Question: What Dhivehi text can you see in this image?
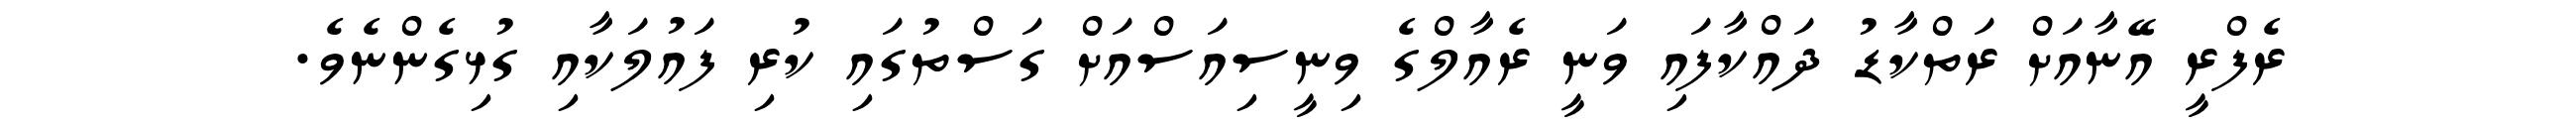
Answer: ރެފްރީ އޭނާއަށް ރަތްކާޑު ދައްކާފައި ވަނީ ރެއާލްގެ ވިނީސިއަސްއަށް ގަސްތުގައި ކުރި ފައުލަކާއި ގުޅިގެންނެވެ.